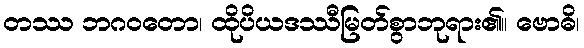
တဿ ဘဂဝတော၊ ထိုပိယဒဿီမြတ်စွာဘုရား၏။ ဗောဓိ၊